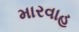
મારવાહ